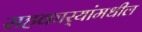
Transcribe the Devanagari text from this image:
सहकार्‍यांमधील